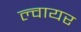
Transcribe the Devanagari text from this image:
ल्वायर